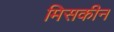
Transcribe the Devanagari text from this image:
मिसकीन